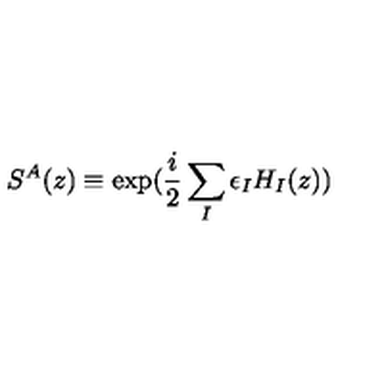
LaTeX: S ^ { A } ( z ) \equiv \exp ( \frac { i } { 2 } \sum _ { I } \epsilon _ { I } H _ { I } ( z ) )